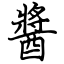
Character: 醬